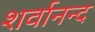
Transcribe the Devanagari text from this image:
शर्वानन्द